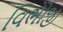
વિભોજી